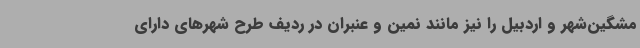
مشگین‌شهر و اردبیل را نیز مانند نمین و عنبران در ردیف طرح شهرهای دارای